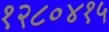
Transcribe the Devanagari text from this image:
१२८०४१५